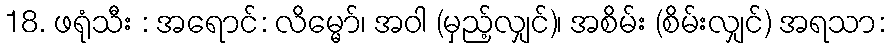
18. ဖရုံသီး : အရောင်: လိမ္မော်၊ အဝါ (မှည့်လျှင်)၊ အစိမ်း (စိမ်းလျှင်) အရသာ: